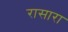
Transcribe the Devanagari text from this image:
रासारा